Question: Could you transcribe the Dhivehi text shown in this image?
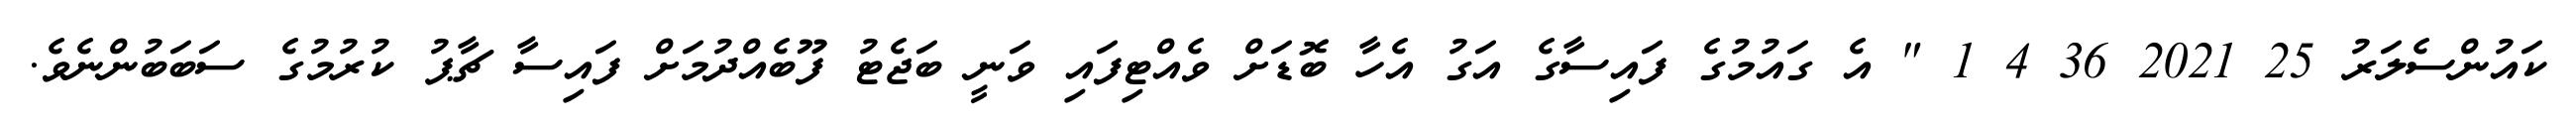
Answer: ކައުންސެލަރު 25 2021 36 4 1 " އެ ގައުމުގެ ފައިސާގެ އަގު އެހާ ބޮޑަށް ވެއްޓިފައި ވަނީ ބަޖެޓު ފޫބެއްދުމަށް ފައިސާ ޗާޕު ކުރުމުގެ ސަބަބުންނެވެ.